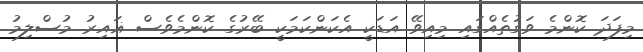
މިފަދަ ކޮންމެ ވަގުތެއްގައި މިއިވޭ އަޑަކީ އެކަންކަމަކީ ބޭރުގެ ކޮންމެވެސް ޣައިރު މުސްލިމު